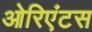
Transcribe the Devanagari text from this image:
ओरिएंटस